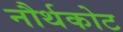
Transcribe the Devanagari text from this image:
नौर्थकोट